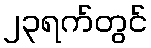
၂၃ရက်တွင်